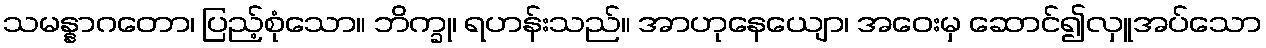
သမန္နာဂတော၊ ပြည့်စုံသော။ ဘိက္ခု၊ ရဟန်းသည်။ အာဟုနေယျော၊ အဝေးမှ ဆောင်၍လှူအပ်သော